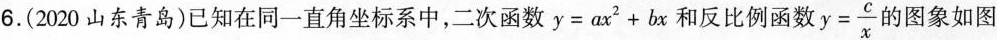
6.(2020山东青岛)已知在同一直角坐标系中，二次函数$$y=ax^{2}+bx$$和反比例函数 $$y= \frac{c}{x}$$ 的图象如图